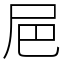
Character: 㞎